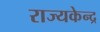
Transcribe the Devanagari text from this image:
राज्यकेन्द्र